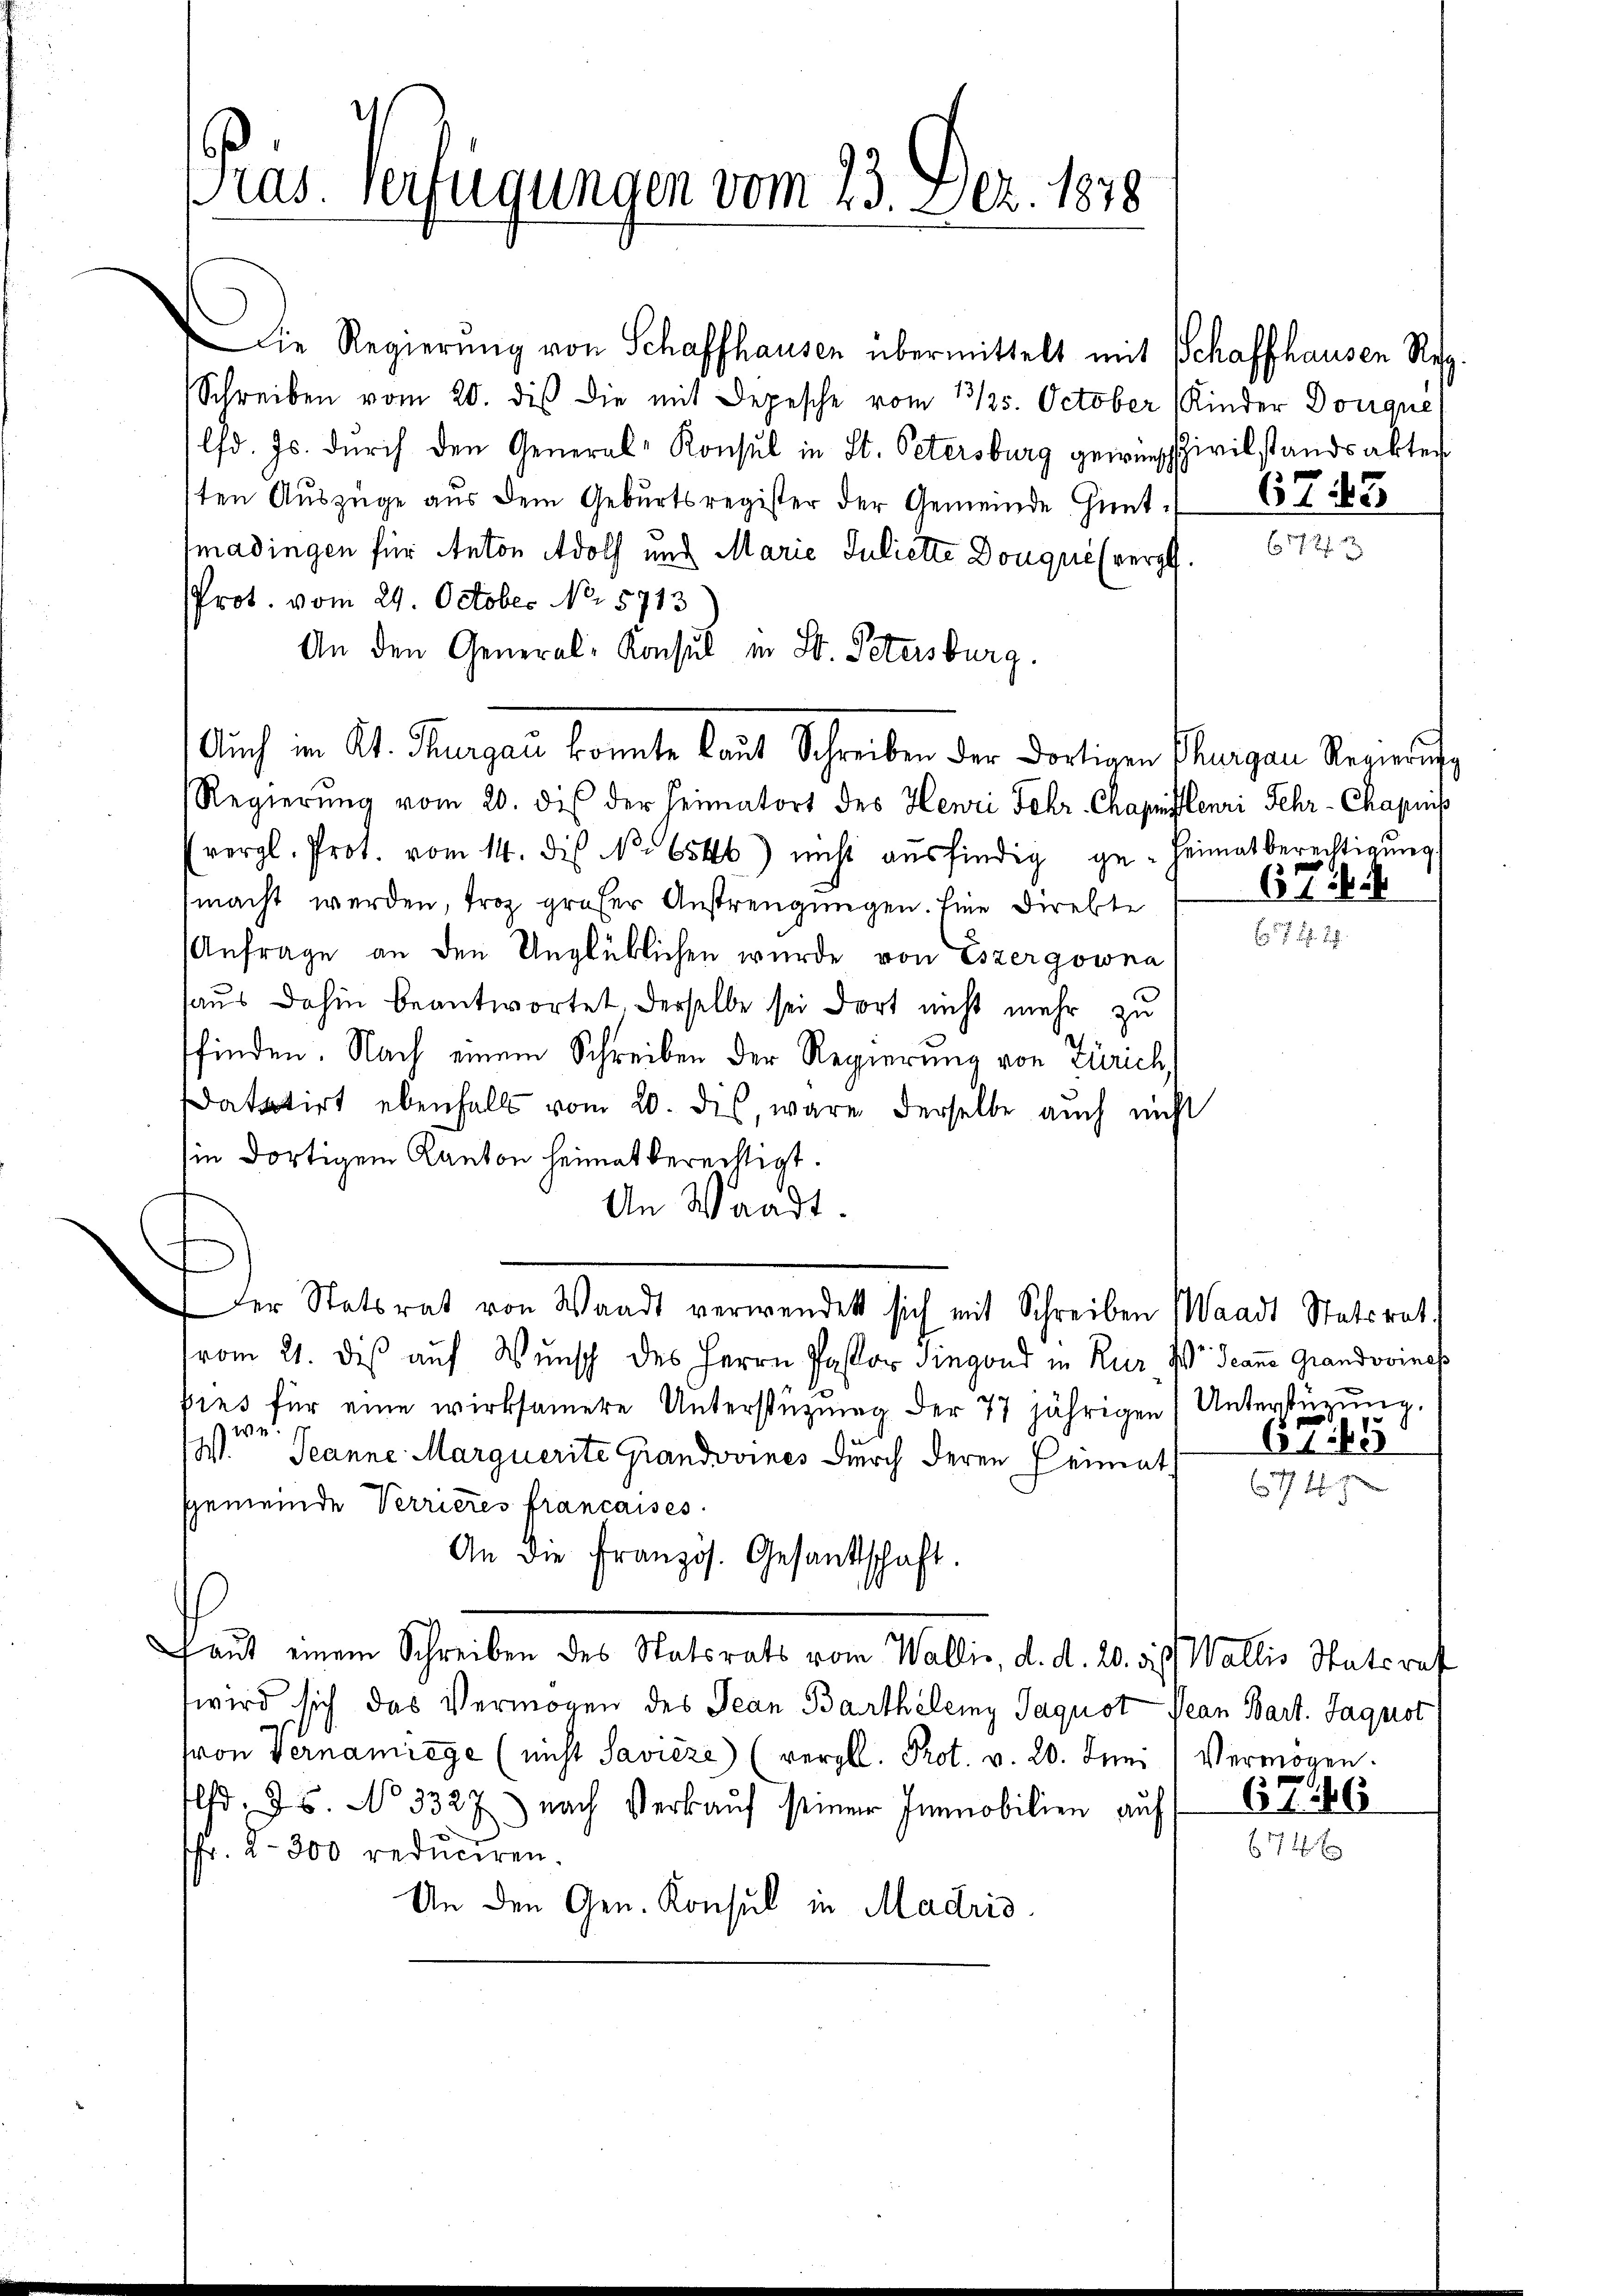
Die Regierung von Schaffhausen übermittelt mit Schaffhausen Reg
Schreiben vom 20. dis die mit Depesche vom 13/25. October Kinder Donqué
lfd. Js. durch den General-Konsul in St. Petersburg gewiescivilstandsakten
sten Auszüge aus dem Geburtsregister der Gemeinde Gentmadingen für Anton Adolf und Marie Juliette Douquel vergl.
Prot. vom 29. October No. 5713
An den General-Konsul in St. Petersburg.
Auch im Kt. Thurgau konnte laut Schreiben der dortigen Thurgau Regierŭng
Regierŭng vom 20. dis der Heimatort des Henri Fehr-Chapnistenri Fehr-Chapnis
vergl. Prot. vom 14. des No 6546) nicht aŭsfindig ge-Heimat berechtigŭng
macht werden, troz groser Anstrengungen. Eine Direkte
Anfrage an den Unglüklichen wurde von Eszergowna
haus dahin beantwortet derselbe sei dort nicht mehr zu
sfinden. Nach einem Schreiben der Regierung von Zürich
atatirt ebenfalls vom 20. dis, wäre derselbe auch nicht
sie dortigem Kanton heimat berechtigt.
An Waadt.
Der Statsrat von Waadt verwendet sich mit Schreiben Waadt Statsrat.
vom 21. dis auf Wunsch des Herrn Pastor Siegend in Kur I Jean Grandvoines
pies für eine wirksamere Unterstüzung der 77 jährigen Unterstüzung.
zwei
121. Jeanne Marquerite Grandvoines durch deren Heimat
gemeinde Verrieres francaises.
An die Französ. Gesandtschaft.
aut einem Schreiben des Statsrats vom Wallis, d. d. 20. ds. Wallis Statsref
wird sich das Vermögen des Jean Barthelemy Saquot Pean Bart. Jaquot
von Vernamiege (nicht Savicze) (vergl. Prot. v. 20. Juni / Vermögen.
lhd. 25. No 3327) nach Verkaŭf seiner Immobilien auf 67. 246
fr. 2. 300 reduciren.
An den Gen. Konsul in Madris

Pras. Verfügungen vom 23. Dez. 1878

6743

672
 . . 2

67. 45

674. 7

67